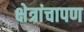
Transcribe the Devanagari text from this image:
क्षेत्रांचापण